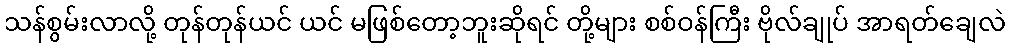
သန်စွမ်းလာလို့ တုန်တုန်ယင် ယင် မဖြစ်တော့ဘူးဆိုရင် တို့များ စစ်ဝန်ကြီး ဗိုလ်ချုပ် အာရတ်ချေလဲ